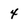
Character: 4